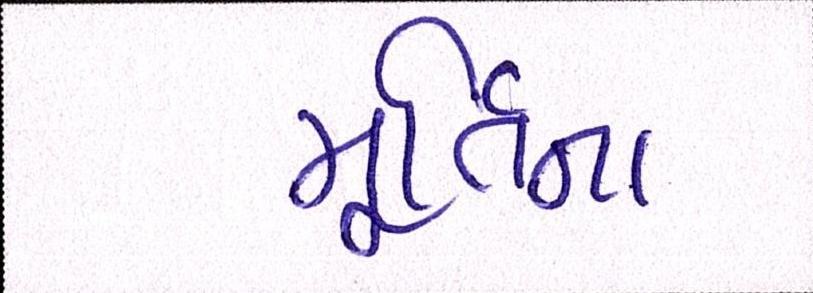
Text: મૂર્તિના